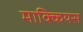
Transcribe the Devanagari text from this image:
माक्कियस